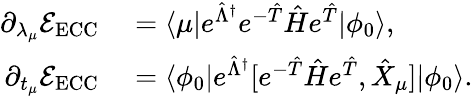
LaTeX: \begin{array}{rl}{\partial_{\lambda_{\mu}}\mathcal E_{\mathrm{ECC}}}&{{}=\langle\mu\vert e^{\hat{\Lambda}^{\dagger}}e^{-\hat{T}}\hat{H}e^{\hat{T}}\vert\phi_{0}\rangle,}\\ {\partial_{t_{\mu}}\mathcal E_{\mathrm{ECC}}}&{{}=\langle\phi_{0}\vert e^{\hat{\Lambda}^{\dagger}}[e^{-\hat{T}}\hat{H}e^{\hat{T}},\hat{X}_{\mu}]\vert\phi_{0}\rangle.}\end{array}